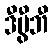
ဒီဗွီဘီ